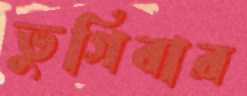
ভুগিবার